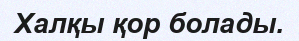
Халқы қор болады.